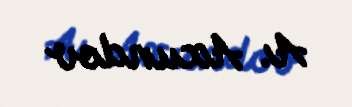
A. Axundov